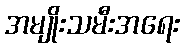
အမျိုးသမီးအရေး